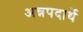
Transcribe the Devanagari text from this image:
अन्नपदार्थे